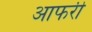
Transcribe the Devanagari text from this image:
आफरी